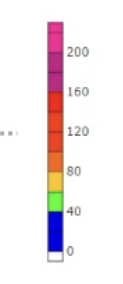
Blue: 0 to 40
Green: 40 to 60
Yellow: 60 to 80
Orange: 80 to 100
Dark Orange: 100 to 120
Red: 120 to 160
Magenta: 160 to 200
Pink: 200 to 230